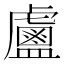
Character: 𥃈